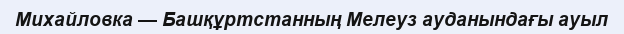
Михайловка — Башқұртстанның Мелеуз ауданындағы ауыл